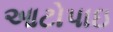
આટોપાઇ